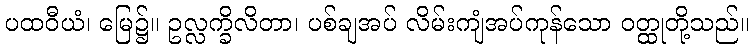
ပထဝီယံ၊ မြေ၌။ ဥလ္လက္ခိလိတာ၊ ပစ်ချအပ် လိမ်းကျံအပ်ကုန်သော ဝတ္ထုတို့သည်။